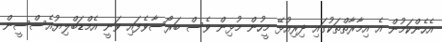
އެހެންކަމުން އެ އިމާރާތްތަކުގައި ދިރިއުޅޭ މީހުން މުޅިން ވެސް ބަރޯސާވެފައި ވަނީ އެމްޑަބްލިޔުއެސްސީން